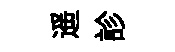
遥診